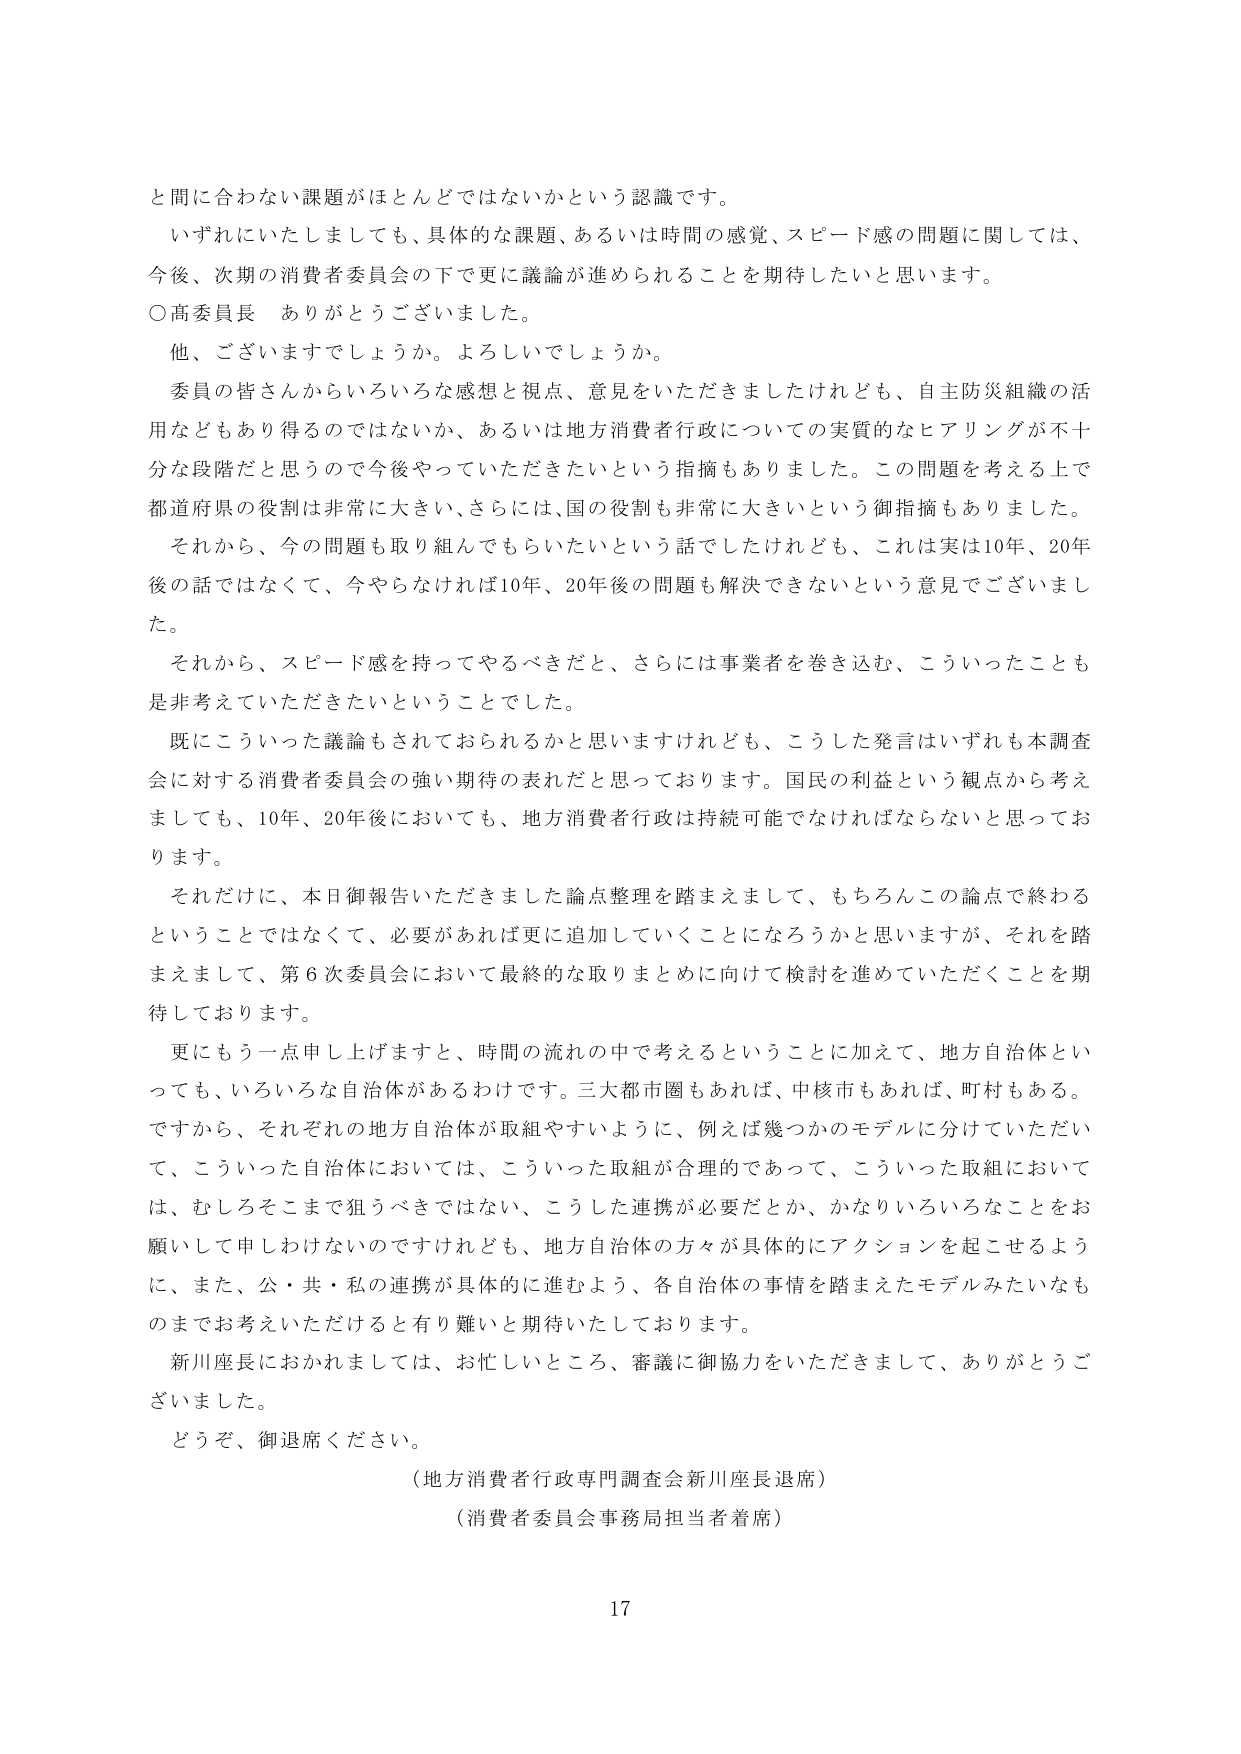
と間に合わない課題がほとんどではないかという認識です。

いずれにいたしましても、具体的な課題、あるいは時間の感覚、スピード感の問題に関しては、
今後、次期の消費者委員会の下で更に議論が進められることを期待したいと思います。

〇高委員長　ありがとうございました。

他、ございますでしょうか。よろしいでしょうか。

委員の皆さんからいろいろな感想と視点、意見をいただきましたけれども、自主防災組織の活
用などもあり得るのではないか、あるいは地方消費者行政についての実質的なヒアリングが不十
分な段階だと思うので今後やっていただきたいという指摘もありました。この問題を考える上で
都道府県の役割是非常に大きい、さらには、国の役割も非常に大きいという御指摘もありました。

それから、今の問題も取り組んでもらいたいという話でしたけれども、これは実は10年、20年
後の話ではなくて、今やらなければ10年、20年後の問題も解決できないという意見でございまし
た。

それから、スピード感を持ってやるべきだと、さらには事業者を巻き込む、こういったことも
是非考えていただきたいということでした。

既にこういった議論もされておられるかと思いますけれども、こうした発言はいずれも本調査
会に対する消費者委員会の強い期待の表れだと思っております。国民の利益という観点から考え
ましても、10年、20年後においても、地方消費者行政は持続可能でなければならないと思ってお
ります。

それだけに、本日御報告いただきました論点整理を踏まえまして、もちろんこの論点で終わる
ということではなくて、必要があれば更に追加していくことになろうかと思いますが、それを踏
まえまして、第6次委員会において最終的な取りまとめに向けて検討を進めていただくことを期
待しております。

更にもう一点申し上げますと、時間の流れの中で考えるということに加えて、地方自治体とい
っても、いろいろな自治体があるわけです。三大都市圏もあれば、中核市もあれば、町村もある。
ですから、それぞれの地方自治体が取組やすいように、例えば幾つかのモデルに分けていただい
て、こういった自治体においては、こういった取組が合理的であって、こういった取組において
は、むしろそこまで狙うべきではない、こうした連携が必要だとか、かなりいろいろなことをお
願いして申しわけないのですけれども、地方自治体の方々が具体的にアクションを起こせるよう
に、また、公・共・私の連携が具体的に進むよう、各自治体の事情を踏まえたモデルみたいなも
のまでお考えいただけると有り難いと期待いたしております。

新川座長におかれましては、お忙しいところ、審議に御協力をいただきまして、ありがとうござ
いました。

どうぞ、御退席ください。

（地方消費者行政専門調査会新川座長退席）
（消費者委員会事務局担当者着席）

17